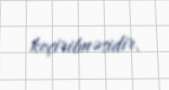
keçirilməsidir.